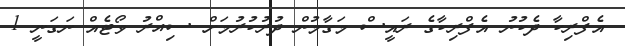
އެފްރިކާ ދެކުނު އެފްރިކާގެ ރައީސް މަގާމުން ދުރުކުރުމަށް ސިއްރު ވޯޓެއް ނަގަނީ 1